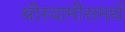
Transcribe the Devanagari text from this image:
श्रीस्वामीसमर्थ